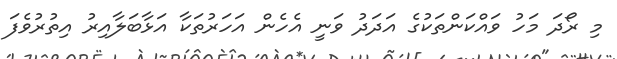
މި ރޯދަ މަހު ވައްކަންތަކުގެ އަދަދު ވަނީ އެހެން އަހަރުތަކާ އަޅާބަލާއިރު އިތުރުވެފަ